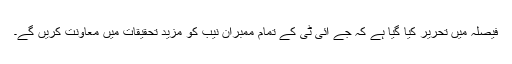
فیصلہ میں تحریر کیا گیا ہے کہ جے آئی ٹی کے تمام ممبران نیب کو مزید تحقیقات میں معاونت کریں گے۔